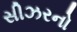
સીઝરનો